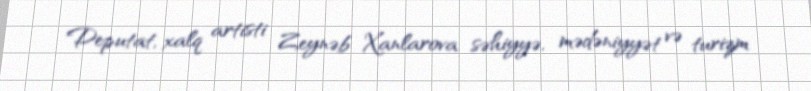
Deputat, xalq artisti Zeynəb Xanlarova səhiyyə, mədəniyyət və turizm